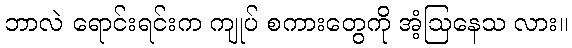
ဘာလဲ ရောင်းရင်းက ကျုပ် စကားတွေကို အံ့ဩနေသ လား။